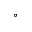
^ { \circ }